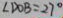
\angle D O B = 2 7 ^ { \circ }